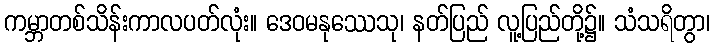
ကမ္ဘာတစ်သိန်းကာလပတ်လုံး။ ဒေဝမနုဿေသု၊ နတ်ပြည် လူ့ပြည်တို့၌။ သံသရိတွာ၊